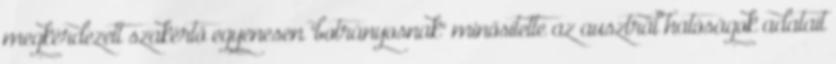
megkérdezett szakértő egyenesen "botrányosnak" minősítette az ausztrál hatóságok adatait